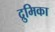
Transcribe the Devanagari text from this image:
द्रुमिका